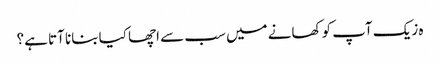
ہ زیک آپ کو کھانے میں سب سے اچھا کیا بنانا آتا ہے؟